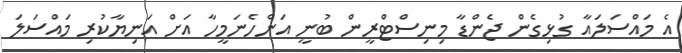
އެ މައްސަލައާ ގުޅިގެން ޖެންޑާ މިނިސްޓްރީން ބުނީ އަންހެނަމީހާ އަށް އަނިޔާކުރި މައްސަލަ